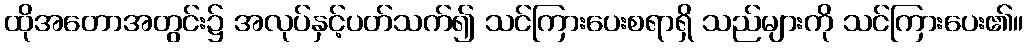
ထိုအတောအတွင်း၌ အလုပ်နှင့်ပတ်သက်၍ သင်ကြားပေးစရာရှိ သည်များကို သင်ကြားပေး၏။